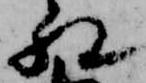
相